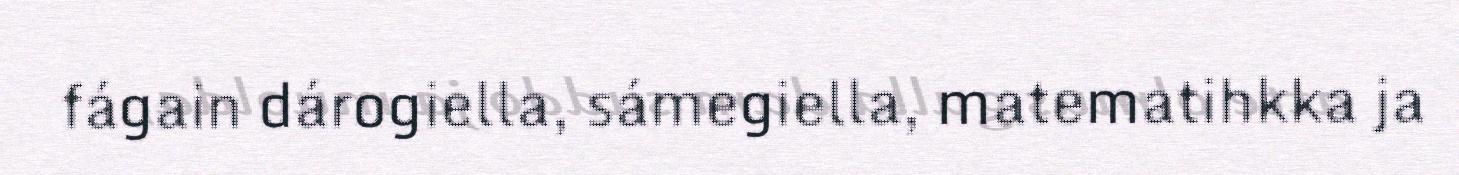
fágain dárogiella, sámegiella, matematihkka ja